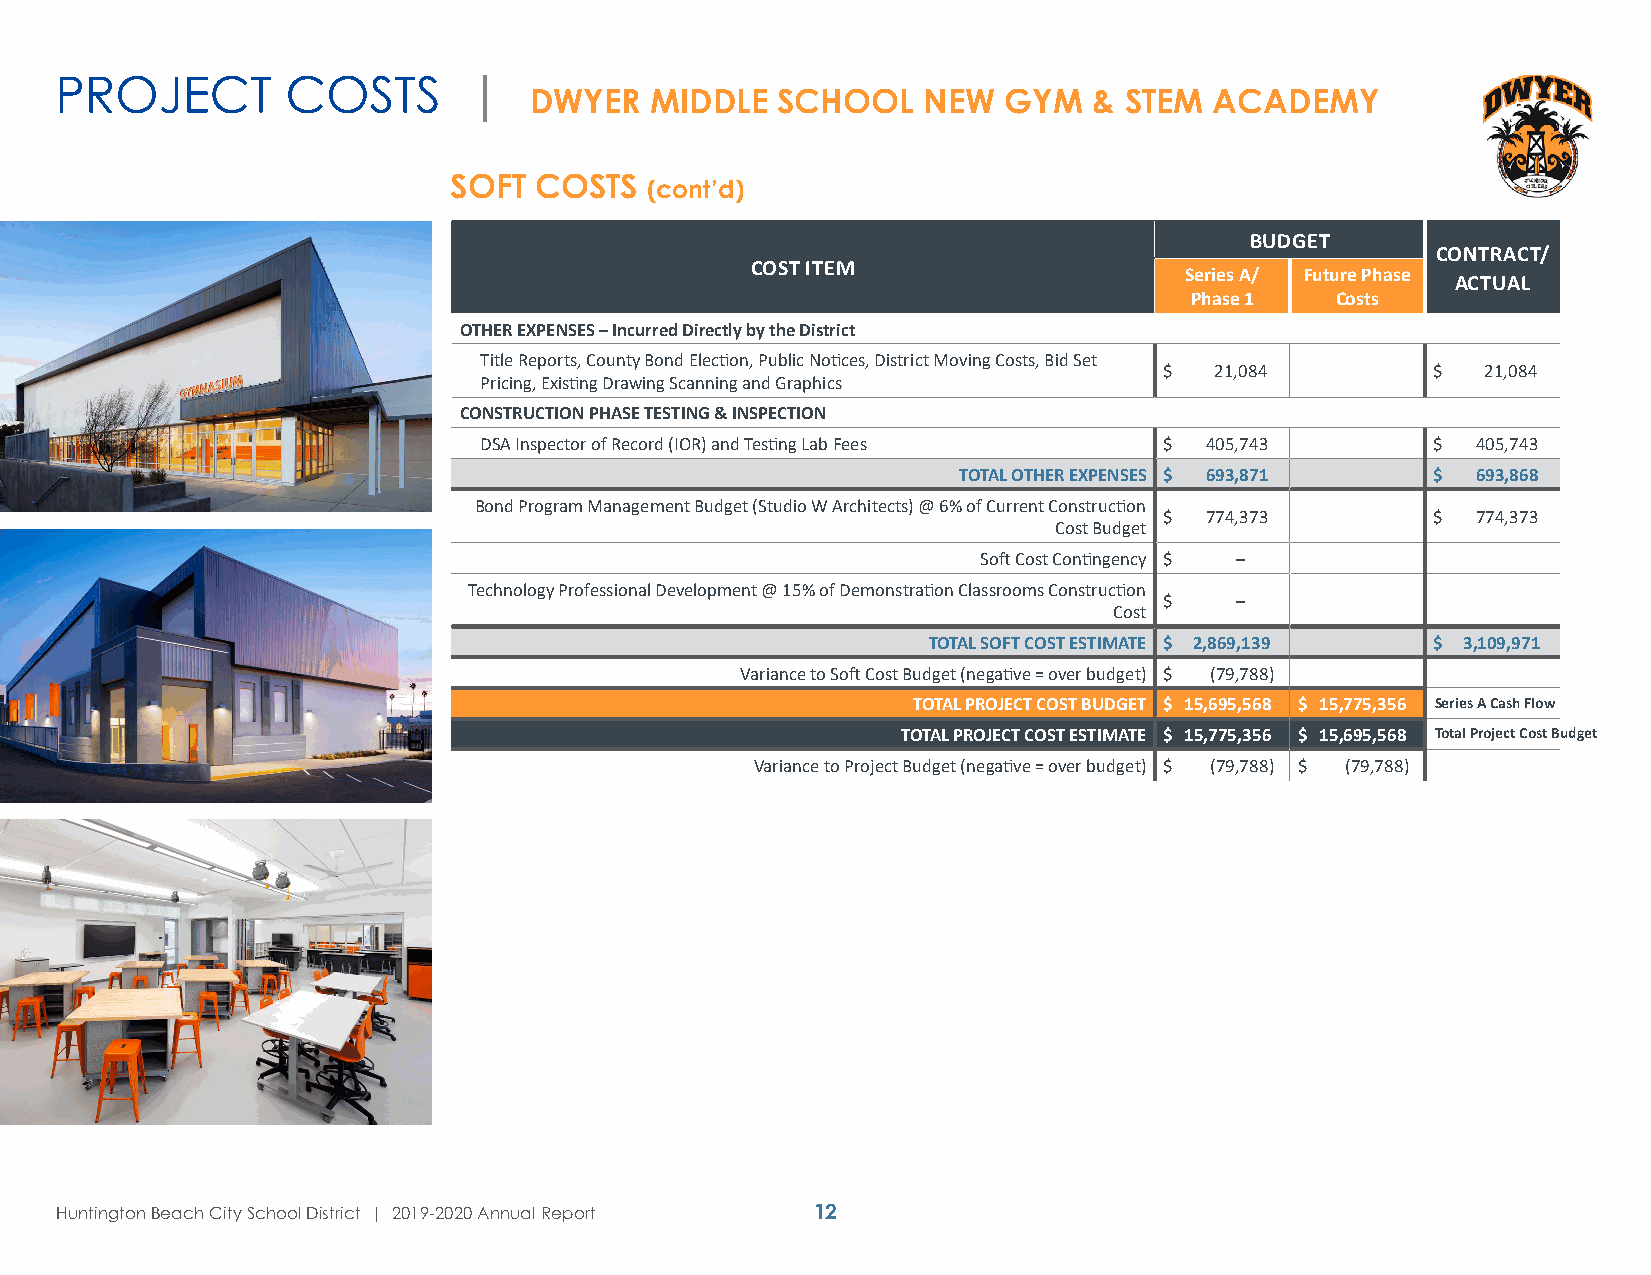
PROJECT        COSTS       |
 DWYER   MIDDLE  SCHOOL    NEW  GYM   & STEM  ACADEMY
 SOFT COSTS   (cont’d)
 BUDGET
 CONTRACT/
 COST ITEM
 Series A/ Future Phase
 ACTUAL
 Phase 1  Costs
 OTHER EXPENSES – Incurred Directly by the District
 Title Reports, County Bond Election, Public Notices, District Moving Costs, Bid Set
 $  21,084         $  21,084
 Pricing, Existing Drawing Scanning and Graphics
 CONSTRUCTION PHASE TESTING & INSPECTION
 DSA Inspector of Record (IOR) and Testing Lab Fees $ 405,743   $  405,743
 TOTAL OTHER EXPENSES $ 693,871  $  693,868
 Bond Program Management Budget (Studio W Architects) @ 6% of Current Construction
 $  774,373        $  774,373
 Cost Budget
 Soft Cost Contingency $ –
 Technology Professional Development @ 15% of Demonstration Classrooms Construction
 $    –
 Cost
 TOTAL SOFT COST ESTIMATE $ 2,869,139 $ 3,109,971
 Variance to Soft Cost Budget (negative = over budget) $ (79,788)
 TOTAL PROJECT COST BUDGET $ 15,695,568 $ 15,775,356 Series A Cash Flow
 TOTAL PROJECT COST ESTIMATE $ 15,775,356 $ 15,695,568 Total Project Cost Budget
 Variance to Project Budget (negative = over budget) $ (79,788) $ (79,788)
 Huntington Beach City School District | 2019-2020 Annual Report 12